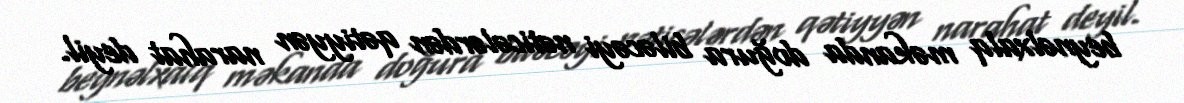
beynəlxalq məkanda doğura biləcəyi nəticələrdən qətiyyən narahat deyil.